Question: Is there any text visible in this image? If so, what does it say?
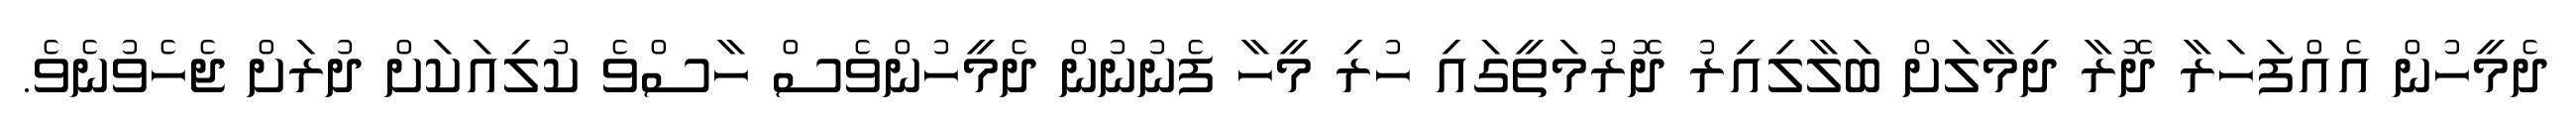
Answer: ދެމީހުން އެއްފަހަރާ ދޮރާ ދިމާލަށް ބަލާލިއިރު ދޮރުމަތީގައި ހުރި މީހާ ފެނުނުން ދެމީހުންވެސް ހާސްވެ ކުލިއަކަށް ދުރަށް ޖެހެވުނެވެ.